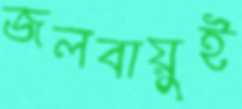
জলবায়ুই